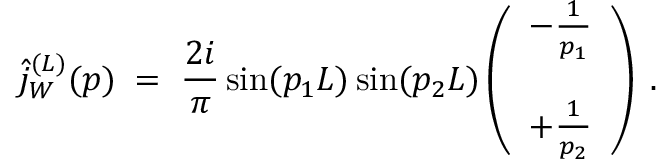
\hat { j } _ { W } ^ { ( L ) } ( p ) \; = \; \frac { 2 i } { \pi } \sin ( p _ { 1 } L ) \sin ( p _ { 2 } L ) \left( \begin{array} { c } { { - \frac { 1 } { p _ { 1 } } } } \\ { { \; } } \\ { { + \frac { 1 } { p _ { 2 } } } } \end{array} \right) \; .